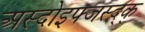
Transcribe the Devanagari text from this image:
अस्दोइफ्जस्द्क्